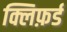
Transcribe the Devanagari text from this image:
क्लिफ़र्ड